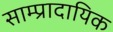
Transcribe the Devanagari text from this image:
साम्प्रादायिक